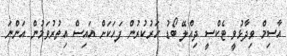
އާސިމް ވިދާޅުވީ ޓެކްސީ ދިއްލޭ ބޯޑު ހަރުކުރުން ފަހަކަށް އައިސް އިތުރުވަމުން އަންނަ